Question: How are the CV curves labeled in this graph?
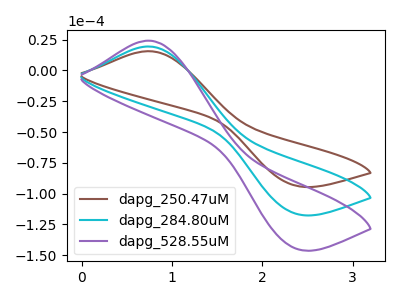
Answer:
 <answer>The brown curve is labeled "dapg_250.47uM". The cyan curve is labeled "dapg_284.80uM". The purple curve is labeled "dapg_528.55uM".</answer>
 <eval></eval>